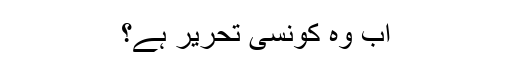
اب وہ کونسی تحریر ہے؟